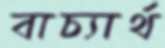
বাচ্যার্থ